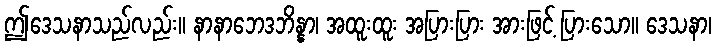
ဤဒေသနာသည်လည်း။ နာနာဘေဒဘိန္နာ၊ အထူးထူး အပြားပြား အားဖြင့် ပြားသော။ ဒေသနာ၊